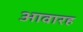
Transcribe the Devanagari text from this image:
आवारह